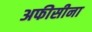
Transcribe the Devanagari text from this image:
अफीसीना